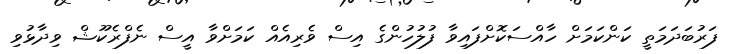
ފަރުބަދަމަތީ ކަންކަމަށް ހާއްސަކޮށްފައިވާ ފުލުހުންގެ އިސް ވެރިއެއް ކަމަށްވާ އީސް ނެފްރެކޫޝް ވިދާޅުވި